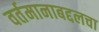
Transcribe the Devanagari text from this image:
वर्तमानाबद्दलचा